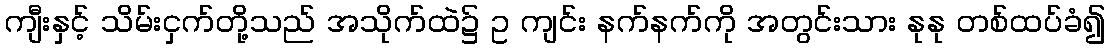
ကျီးနှင့် သိမ်းငှက်တို့သည် အသိုက်ထဲ၌ ဥ ကျင်း နက်နက်ကို အတွင်းသား နုနု တစ်ထပ်ခံ၍